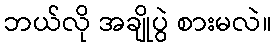
ဘယ်လို အချိုပွဲ စားမလဲ။